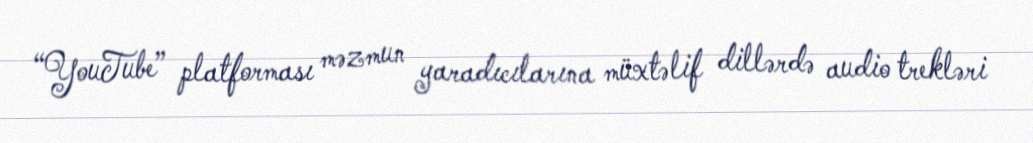
“YouTube” platforması məzmun yaradıcılarına müxtəlif dillərdə audio trekləri